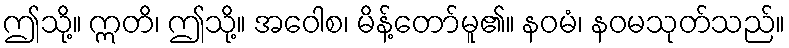
ဤသို့။ ဣတိ၊ ဤသို့။ အဝေါစ၊ မိန့်တော်မူ၏။ နဝမံ၊ နဝမသုတ်သည်။